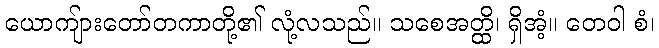
ယောကျ်ားတော်တကာတို့၏ လုံ့လသည်။ သစေအတ္ထိ၊ ရှိအံ့။ တေဝါ စံ၊